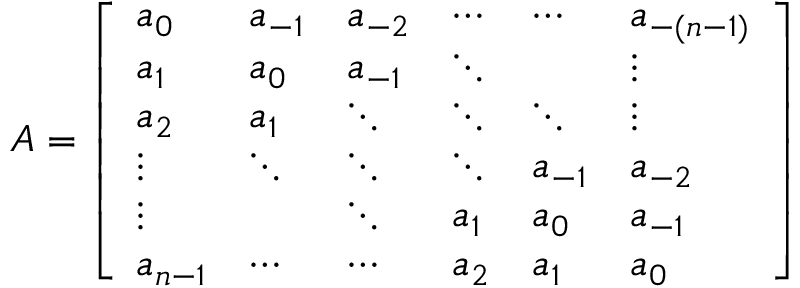
A = { \left[ \begin{array} { l l l l l l } { a _ { 0 } } & { a _ { - 1 } } & { a _ { - 2 } } & { \cdots } & { \cdots } & { a _ { - ( n - 1 ) } } \\ { a _ { 1 } } & { a _ { 0 } } & { a _ { - 1 } } & { \ddots } & { } & { \vdots } \\ { a _ { 2 } } & { a _ { 1 } } & { \ddots } & { \ddots } & { \ddots } & { \vdots } \\ { \vdots } & { \ddots } & { \ddots } & { \ddots } & { a _ { - 1 } } & { a _ { - 2 } } \\ { \vdots } & { } & { \ddots } & { a _ { 1 } } & { a _ { 0 } } & { a _ { - 1 } } \\ { a _ { n - 1 } } & { \cdots } & { \cdots } & { a _ { 2 } } & { a _ { 1 } } & { a _ { 0 } } \end{array} \right] }